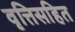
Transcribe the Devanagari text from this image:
वृत्तिसहित